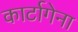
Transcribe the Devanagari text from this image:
कार्टागेना